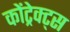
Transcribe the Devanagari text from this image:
कोंट्रेक्ट्स